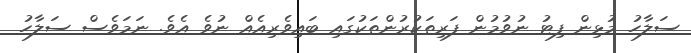
ސަލާހު މުޅިން ފިޓު ނުވުމުން ފަރިތަކުރުންތަކުގައި ބައިވެރިއެއް ނުވެ އެވެ. ނަމަވެސް ސަލާހު